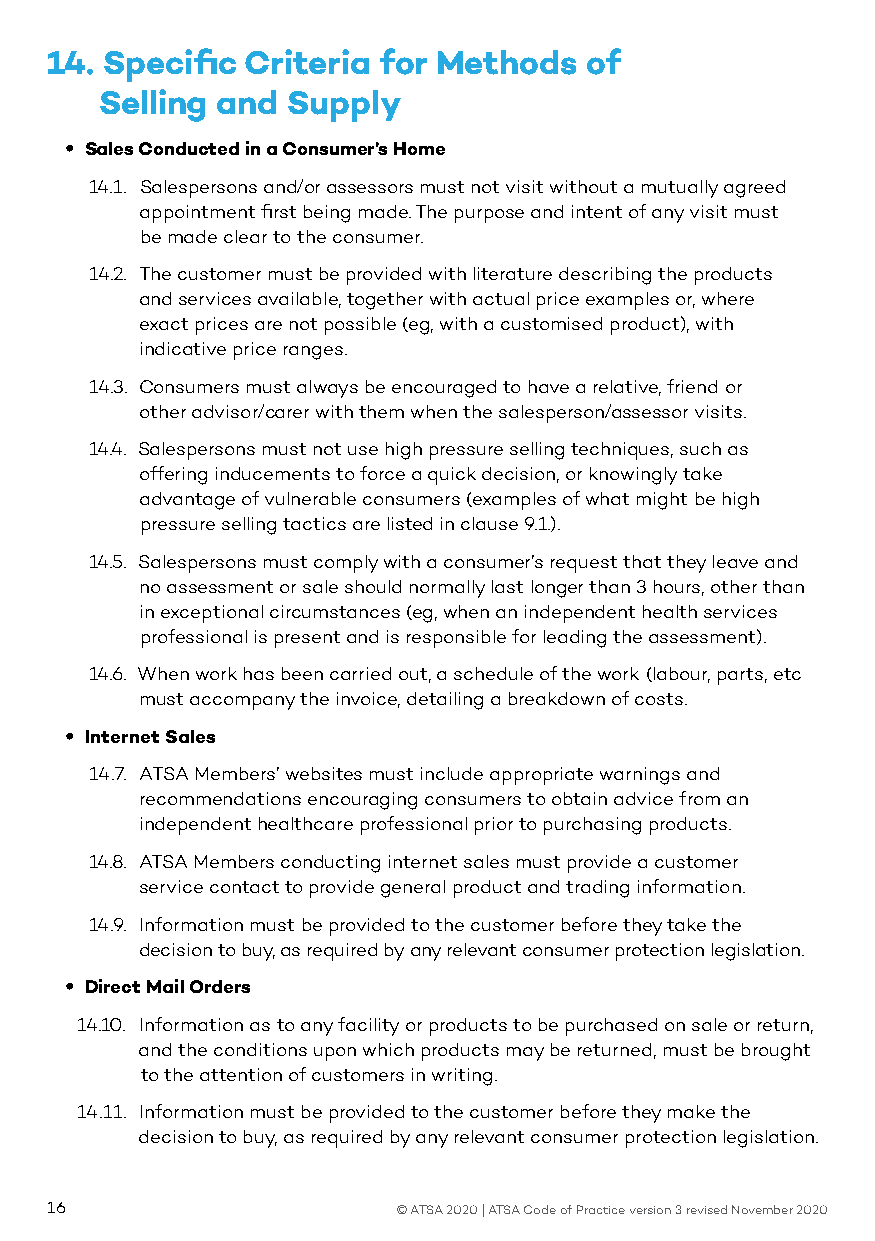
14. Specific Criteria for Methods   of
 Selling and Supply
 • Sales Conducted in a Consumer’s Home
 14.1. Salespersons and/or assessors must not visit without a mutually agreed
 appointment first being made. The purpose and intent of any visit must
 be made clear to the consumer.
 14.2. The customer must be provided with literature describing the products
 and services available, together with actual price examples or, where
 exact prices are not possible (eg, with a customised product), with
 indicative price ranges.
 14.3. Consumers must always be encouraged to have a relative, friend or
 other advisor/carer with them when the salesperson/assessor visits.
 14.4. Salespersons must not use high pressure selling techniques, such as
 offering inducements to force a quick decision, or knowingly take
 advantage of vulnerable consumers (examples of what might be high
 pressure selling tactics are listed in clause 9.1.).
 14.5. Salespersons must comply with a consumer’s request that they leave and
 no assessment or sale should normally last longer than 3 hours, other than
 in exceptional circumstances (eg, when an independent health services
 professional is present and is responsible for leading the assessment).
 14.6. When work has been carried out, a schedule of the work (labour, parts, etc
 must accompany the invoice, detailing a breakdown of costs.
 • Internet Sales
 14.7. ATSA Members’ websites must include appropriate warnings and
 recommendations encouraging consumers to obtain advice from an
 independent healthcare professional prior to purchasing products.
 14.8. ATSA Members conducting internet sales must provide a customer
 service contact to provide general product and trading information.
 14.9. Information must be provided to the customer before they take the
 decision to buy, as required by any relevant consumer protection legislation.
 • Direct Mail Orders
 14.10. Information as to any facility or products to be purchased on sale or return,
 and the conditions upon which products may be returned, must be brought
 to the attention of customers in writing.
 14.11. Information must be provided to the customer before they make the
 decision to buy, as required by any relevant consumer protection legislation.
 16                     © ATSA 2020 | ATSA Code of Practice version 3 revised November 2020